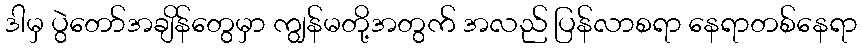
ဒါမှ ပွဲတော်အချိန်တွေမှာ ကျွန်မတို့အတွက် အလည် ပြန်လာစရာ နေရာတစ်နေရာ